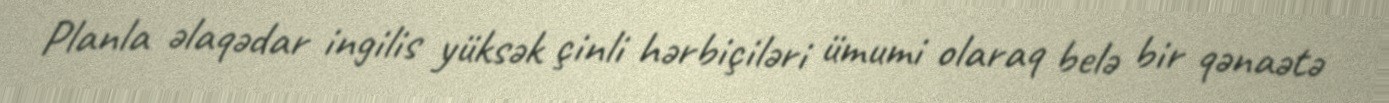
Planla əlaqədar ingilis yüksək çinli hərbiçiləri ümumi olaraq belə bir qənaətə